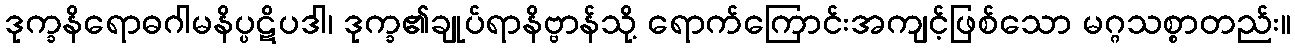
ဒုက္ခနိရောဓဂါမနိပ္ပဋိပဒါ၊ ဒုက္ခ၏ချုပ်ရာနိဗ္ဗာန်သို့ ရောက်ကြောင်းအကျင့်ဖြစ်သော မဂ္ဂသစ္စာတည်း။